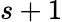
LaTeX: s+1